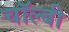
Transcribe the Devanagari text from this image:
चॉल्बी